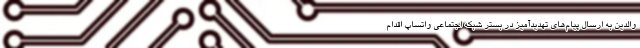
والدین به ارسال پیام‌های تهدیدآمیز در بستر شبکه اجتماعی واتساپ اقدام